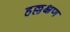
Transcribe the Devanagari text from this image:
हल्लक्षण